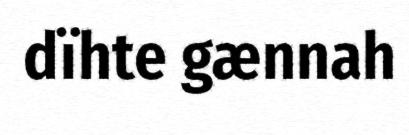
dïhte gænnah